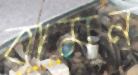
বামন